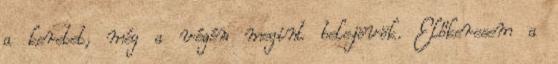
a keretet, még a végén megint belejövök. Előkeresem a